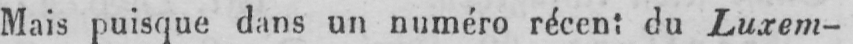
Mais puisque dans un numéro récent du Luxem-